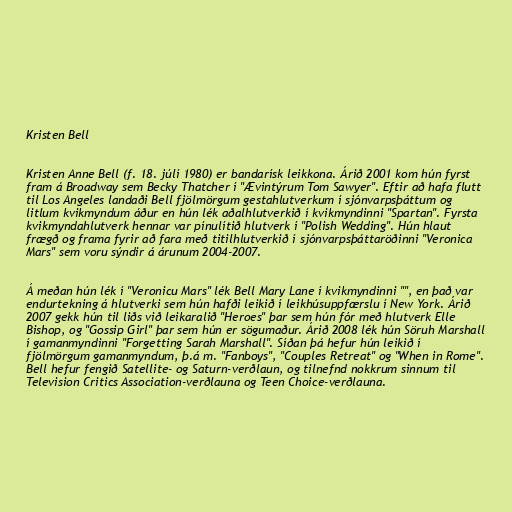
Kristen Bell

Kristen Anne Bell (f. 18. júlí 1980) er bandarísk leikkona. Árið 2001 kom hún fyrst
fram á Broadway sem Becky Thatcher í "Ævintýrum Tom Sawyer". Eftir að hafa flutt
til Los Angeles landaði Bell fjölmörgum gestahlutverkum í sjónvarpsþáttum og
litlum kvikmyndum áður en hún lék aðalhlutverkið í kvikmyndinni "Spartan". Fyrsta
kvikmyndahlutverk hennar var pínulítið hlutverk í "Polish Wedding". Hún hlaut
frægð og frama fyrir að fara með titilhlutverkið í sjónvarpsþáttaröðinni "Veronica
Mars" sem voru sýndir á árunum 2004-2007.

Á meðan hún lék í "Veronicu Mars" lék Bell Mary Lane í kvikmyndinni "", en það var
endurtekning á hlutverki sem hún hafði leikið í leikhúsuppfærslu í New York. Árið
2007 gekk hún til liðs við leikaralið "Heroes" þar sem hún fór með hlutverk Elle
Bishop, og "Gossip Girl" þar sem hún er sögumaður. Árið 2008 lék hún Söruh Marshall
í gamanmyndinni "Forgetting Sarah Marshall". Síðan þá hefur hún leikið í
fjölmörgum gamanmyndum, þ.á m. "Fanboys", "Couples Retreat" og "When in Rome".
Bell hefur fengið Satellite- og Saturn-verðlaun, og tilnefnd nokkrum sinnum til
Television Critics Association-verðlauna og Teen Choice-verðlauna.